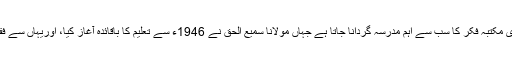
ان کا مدرسہ حقانیہ اکوڑہ خٹک ، دارالعلوم دیوبند کے بعد دیوبندی مکتبہ فکر کا سب سے اہم مدرسہ گردانا جاتا ہے جہاں مولانا سمیع الحق نے 1946ء سے تعلیم کا باقائدہ آغاز کیا، اوریہاں سے فقہ، اصول فقہ، عربی ادب، منطق، تفسیر اور حدیث کا علم سیکھا۔